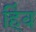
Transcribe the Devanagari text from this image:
हिंव